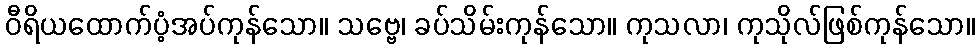
ဝီရိယထောက်ပံ့အပ်ကုန်သော။ သဗ္ဗေ၊ ခပ်သိမ်းကုန်သော။ ကုသလာ၊ ကုသိုလ်ဖြစ်ကုန်သော။